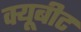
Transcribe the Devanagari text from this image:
क्यूबीट